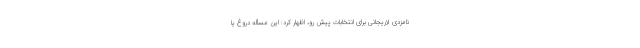
نامزدی لاریجانی برای انتخابات پیش رو، اظهار کرد: این مسأله دروغ یا